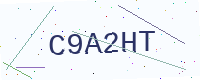
Text: C9A2HT